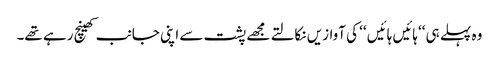
وہ پہلے ہی ‘‘ہائیں ہائیں ‘‘ کی آوازیں نکالتے مجھے پشت سے اپنی جانب کھینچ رہے تھے۔